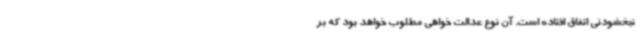
نبخشودنی اتفاق افتاده است. آن نوع عدالت خواهی مطلوب خواهد بود که بر